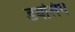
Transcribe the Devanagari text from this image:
डबलिंग